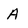
Character: A